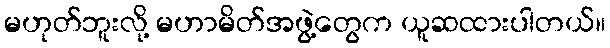
မဟုတ်ဘူးလို့ မဟာမိတ်အဖွဲ့တွေက ယူဆထားပါတယ်။